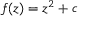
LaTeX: f ( z ) = z ^ { 2 } + c